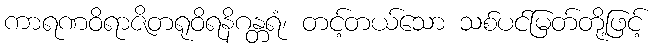
ကာရဏဝိရာဇိတရုဝိရနိဂန္တရံ၊ တင့်တယ်သော သစ်ပင်မြတ်တို့ဖြင့်